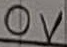
Text: 0V